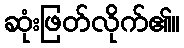
ဆုံးဖြတ်လိုက်၏။